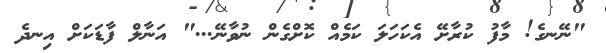
"ނޭނގެ! މާފު ކުރާށޭ އެކަހަލަ ކަމެއް ކޮށްގެން ނުވާނޭ..." އަނާލް ފާޑަކަށް އިނދެ